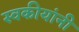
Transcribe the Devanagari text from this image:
स्वकीयांनी